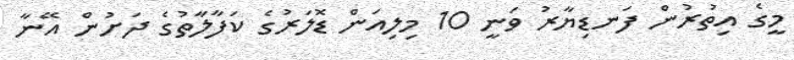
މީގެ އިތުރުން ފަނޑިޔާރު ވަނީ 10 މިލިއަން ޑޮލަރުގެ ކަފާލާތުގެ ދަށުން އޭނާ